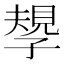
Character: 𡦑